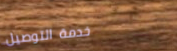
خدمة التوصيل